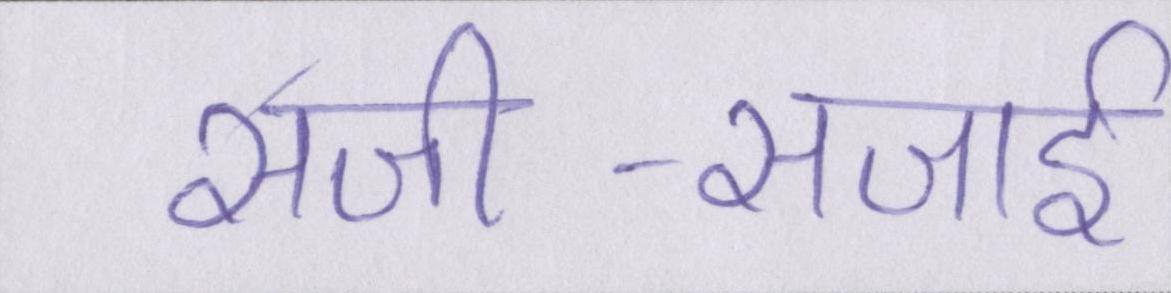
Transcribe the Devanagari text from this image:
सजी-सजाई